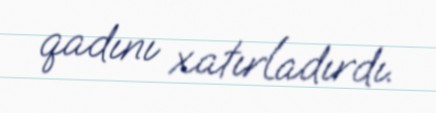
qadını xatırladırdı.